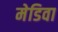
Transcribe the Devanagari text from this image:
मेडिवा